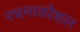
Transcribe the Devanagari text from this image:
रचनाकौशल